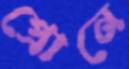
প্রোনে